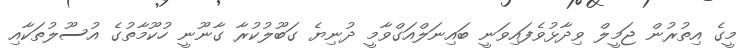
މީގެ އިތުރުން ޖަމީލް ވިދާޅުވެފައިވަނީ ބައިނަލްއަގްވާމީ ދުނިޔެ ގަބޫލުކުރާ ގާނޫނީ ހުކޫމާތުގެ އުސޫލުތަކާއި